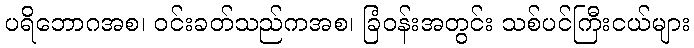
ပရိဘောဂအစ၊ ဝင်းခတ်သည်ကအစ၊ ခြံဝန်းအတွင်း သစ်ပင်ကြီးငယ်များ